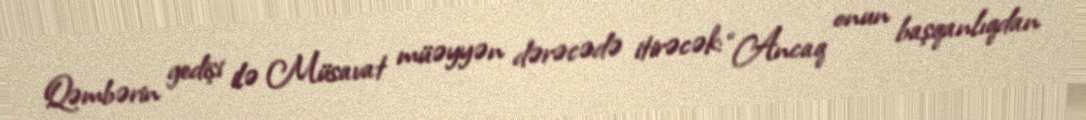
Qəmbərin gedişi ilə Müsavat müəyyən dərəcədə itirəcək: “Ancaq onun başqanlıqdan